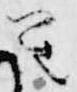
笙